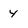
Character: Y